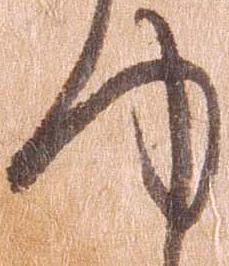
ゆ